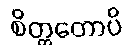
စိတ္တတောပိ